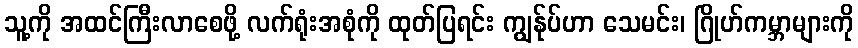
သူ့ကို အထင်ကြီးလာစေဖို့ လက်ရုံးအစုံကို ထုတ်ပြရင်း ကျွန်ုပ်ဟာ သေမင်း၊ ဂြိုဟ်ကမ္ဘာများကို